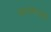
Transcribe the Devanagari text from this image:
कथारूपकों